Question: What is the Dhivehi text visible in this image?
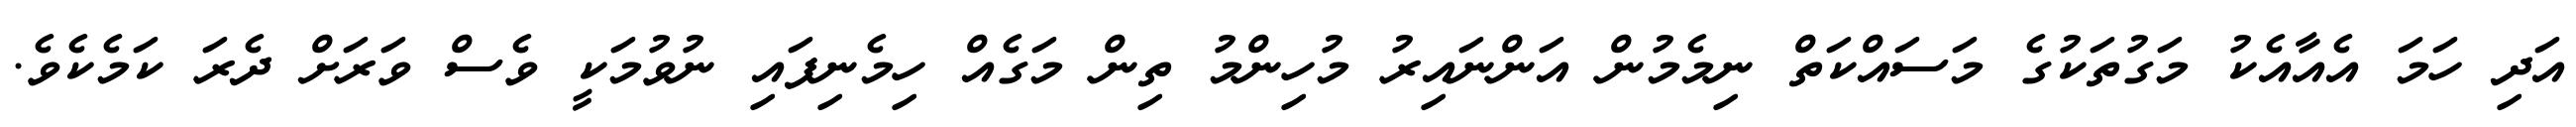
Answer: އަދި ހަމަ އެއާއެކު މަގުތަކުގެ މަސައްކަތް ނިމެމުން އަންނައިރު މުހިންމު ތިން މަގެއް ހިމެނިފައި ނުވުމަކީ ވެސް ވަރަށް ދެރަ ކަމެކެވެ.